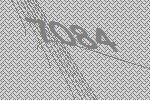
7084